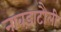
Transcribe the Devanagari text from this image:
नावड़ाटौली